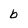
Character: b